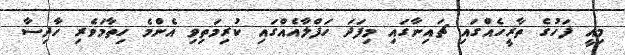
މިއީ ފަހުގެ ތާރީހެއްގައި ޗައިނާގައި މިފަދަ ހަފްލާއެއްގައި ކުރިމަތިވި އެންމެ ހިތާމަވެރި ހާދިސާ